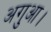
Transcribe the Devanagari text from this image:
अगुआ।